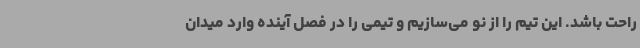
راحت باشد. این تیم را از نو می‌سازیم و تیمی را در فصل آینده وارد میدان